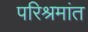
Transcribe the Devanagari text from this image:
परिश्रमांत